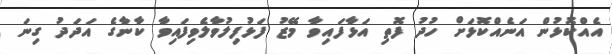
އެއްކޮޅުން އަނެއްކޮޅަށް ހުދު ފޮތި އަޅާފައިވާ މޭޒު ފަޅުފިލުވާލެވިފައިވާ ކާނާގެ އަދަދު ގިނަ